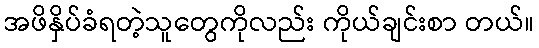
အဖိနှိပ်ခံရတဲ့သူတွေကိုလည်း ကိုယ်ချင်းစာ တယ်။